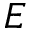
E